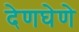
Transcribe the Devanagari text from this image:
देणघेणे